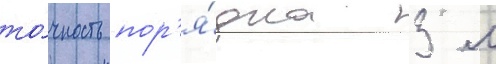
то́чность пор'я́дка 3 м